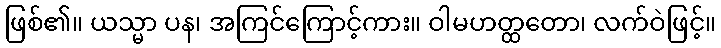
ဖြစ်၏။ ယသ္မာ ပန၊ အကြင်ကြောင့်ကား။ ဝါမဟတ္ထတော၊ လက်ဝဲဖြင့်။